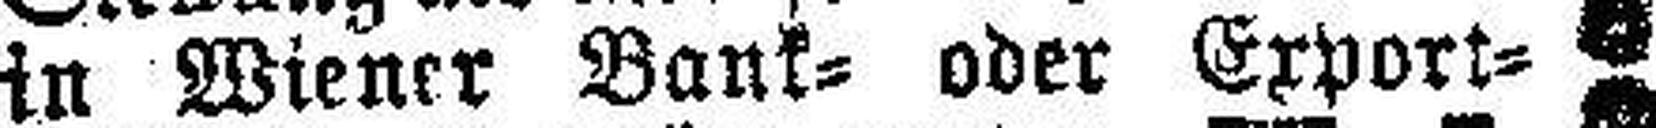
in Wiener Bank- oder Export¬